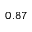
0 . 8 7